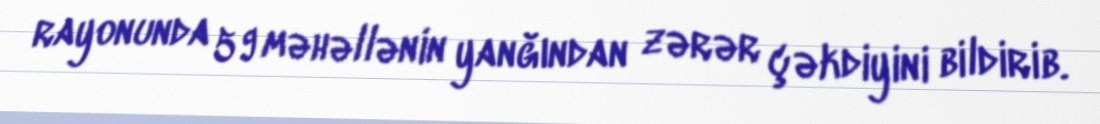
rayonunda 59 məhəllənin yanğından zərər çəkdiyini bildirib.